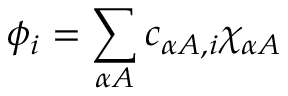
\phi _ { i } = \sum _ { \alpha A } c _ { \alpha A , i } \chi _ { \alpha A }